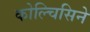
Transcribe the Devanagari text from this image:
कोल्चिसिने